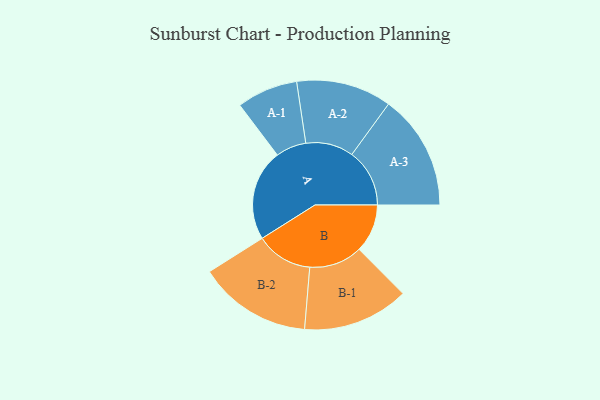
{"axis": {"x": "Segment", "y": "Value"}, "legend": ["", "A", "B"], "data": [{"x": "A", "y": 436, "type": ""}, {"x": "B", "y": 231, "type": ""}, {"x": "A-1", "y": 146, "type": "A"}, {"x": "A-2", "y": 228, "type": "A"}, {"x": "A-3", "y": 276, "type": "A"}, {"x": "B-1", "y": 254, "type": "B"}, {"x": "B-2", "y": 271, "type": "B"}]}